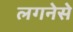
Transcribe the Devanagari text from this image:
लगनेसे